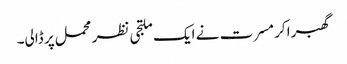
گھبرا کر مسرت نے ایک ملتجی نظر محمل پر ڈالی۔